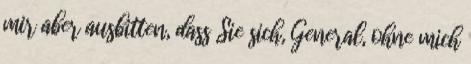
mir aber ausbitten, dass Sie sich, General, ohne mich